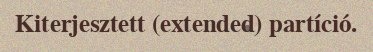
Kiterjesztett (extended) partíció.